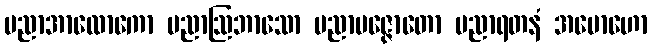
ပညာအာလောကော ပညာဩဘာသော ပညာပဇ္ဇောတော ပညာရတနံ အမောဟော